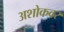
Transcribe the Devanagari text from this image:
अशोकवर